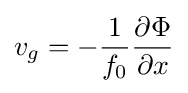
v_{g}=-{1 \over f_{0}}{\partial \Phi  \over \partial x}